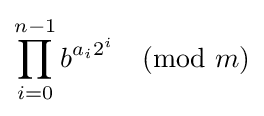
\prod _{i=0}^{n-1}b^{a_{i}2^{i}}{\pmod {m}}